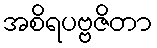
အစိရပဗ္ဗဇိတာ